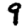
Digit: 9